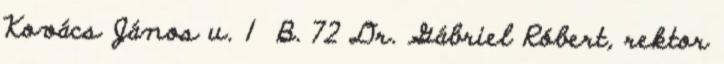
Kovács János u. 1 B. 72 Dr. Gábriel Róbert, rektor